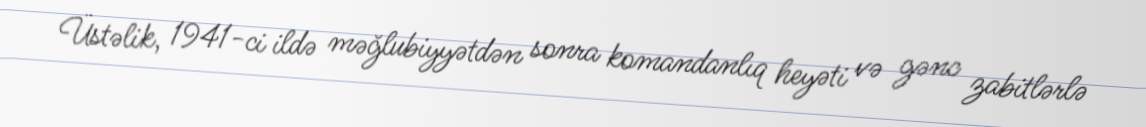
Üstəlik, 1941-ci ildə məğlubiyyətdən sonra komandanlıq heyəti və gənc zabitlərlə